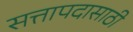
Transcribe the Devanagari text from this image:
सत्तापदासाठी